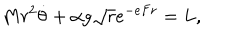
LaTeX: M r ^ { 2 } \dot { \theta } + \alpha g { \sqrt r } e ^ { - e F r } = L ,